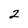
Character: 2